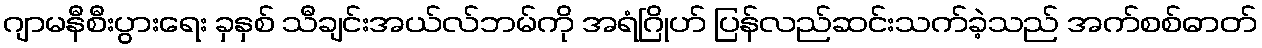
ဂျာမနီစီးပွားရေး ခှနှစ် သီချင်းအယ်လ်ဘမ်ကို အရံဂြိုဟ် ပြန်လည်ဆင်းသက်ခဲ့သည် အက်စစ်ဓာတ်